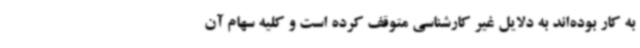
به کار بوده‌اند به دلایل غیر کارشناسی متوقف کرده است و کلیه سهام آن